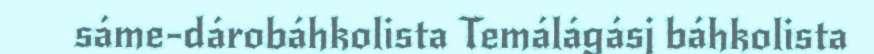
sáme-dárobáhkolista Temálágásj báhkolista